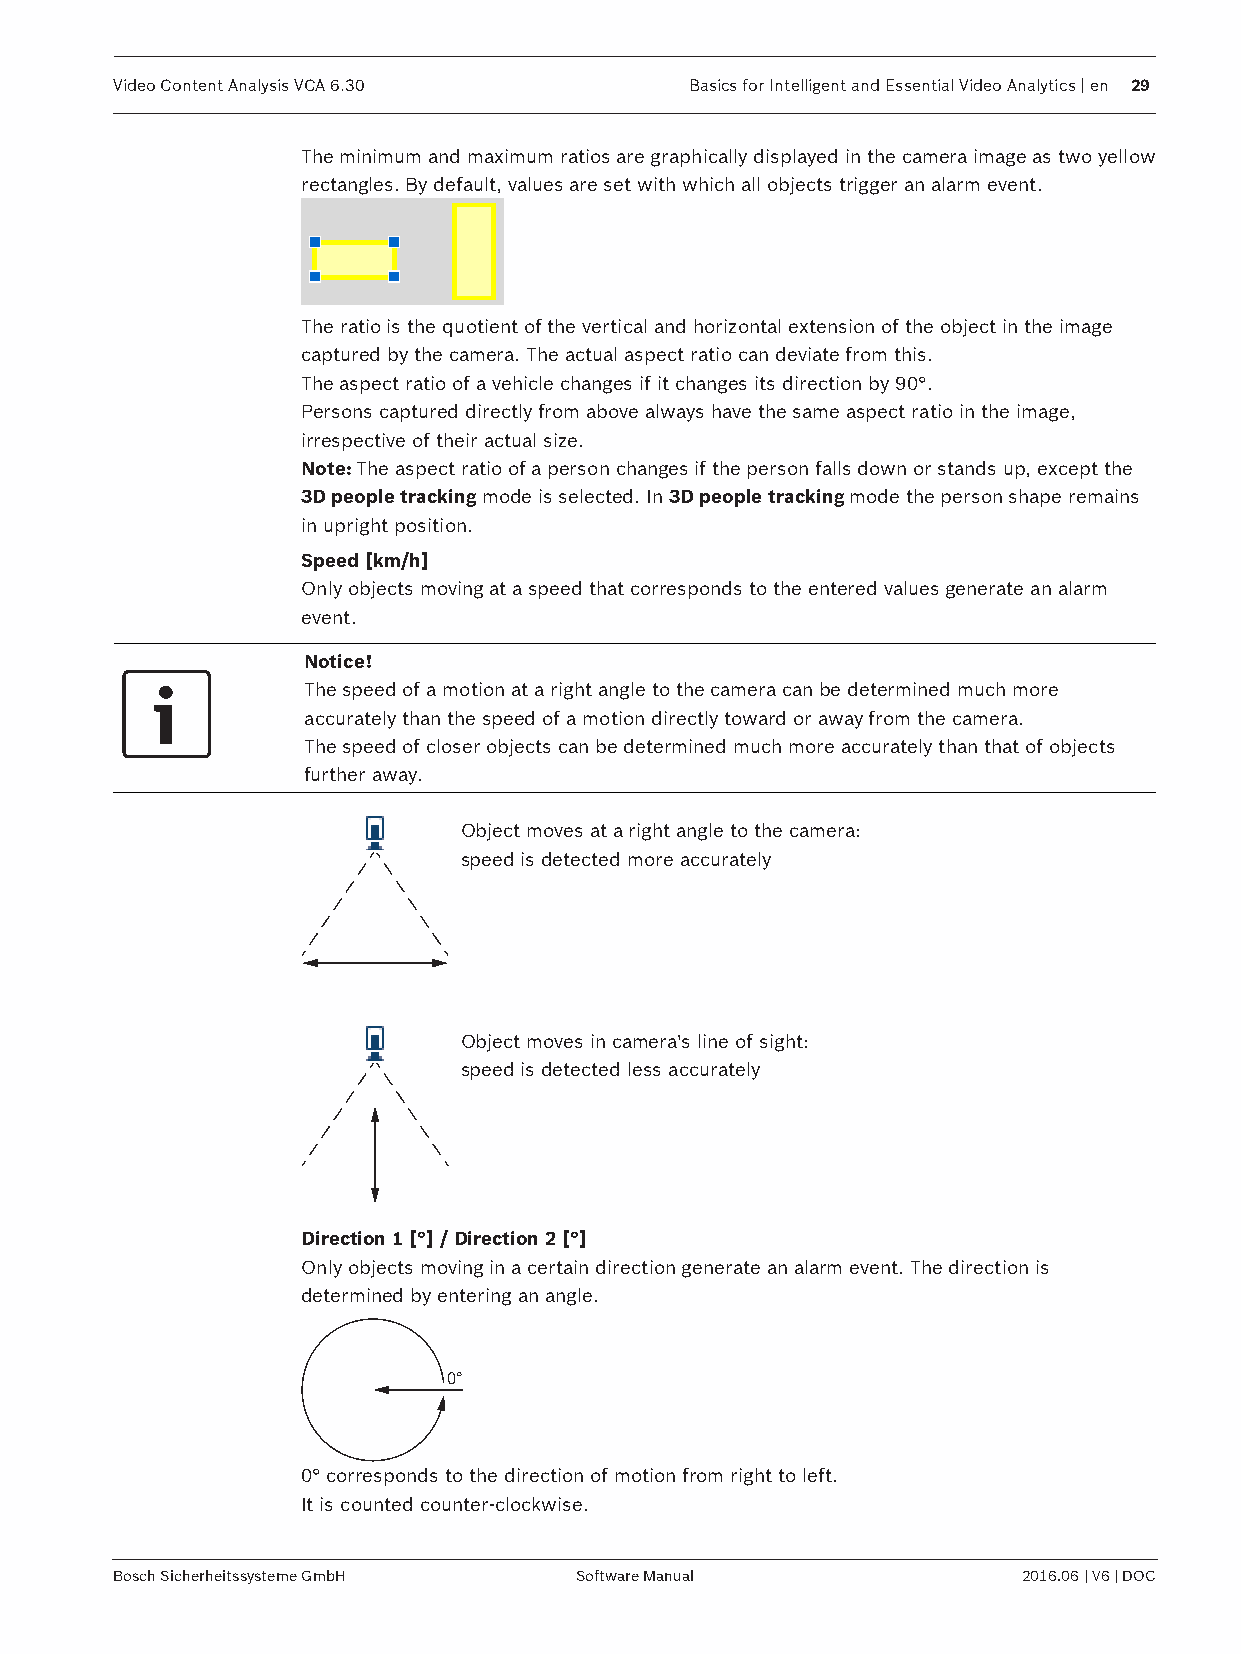
Video Content Analysis VCA 6.30       Basics for Intelligent and Essential Video Analytics | en 29
 The minimum and maximum ratios are graphically displayed in the camera image as two yellow
 rectangles. By default, values are set with which all objects trigger an alarm event.
 The ratio is the quotient of the vertical and horizontal extension of the object in the image
 captured by the camera. The actual aspect ratio can deviate from this.
 The aspect ratio of a vehicle changes if it changes its direction by 90°.
 Persons captured directly from above always have the same aspect ratio in the image,
 irrespective of their actual size.
 Note: The aspect ratio of a person changes if the person falls down or stands up, except the
 3D people tracking mode is selected. In 3D people tracking mode the person shape remains
 in upright position.
 Speed [km/h]
 Only objects moving at a speed that corresponds to the entered values generate an alarm
 event.
 Notice!
 The speed of a motion at a right angle to the camera can be determined much more
 accurately than the speed of a motion directly toward or away from the camera.
 The speed of closer objects can be determined much more accurately than that of objects
 further away.
 Object moves at a right angle to the camera:
 speed is detected more accurately
 Object moves in camera's line of sight:
 speed is detected less accurately
 Direction 1 [°] / Direction 2 [°]
 Only objects moving in a certain direction generate an alarm event. The direction is
 determined by entering an angle.
 0°
 0° corresponds to the direction of motion from right to left.
 It is counted counter-clockwise.
 Bosch Sicherheitssysteme GmbH Software Manual               2016.06 | V6 | DOC